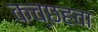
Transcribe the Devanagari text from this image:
कच्छहवा